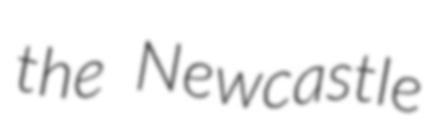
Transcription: the Newcastle